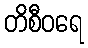
တိစီဝရေ